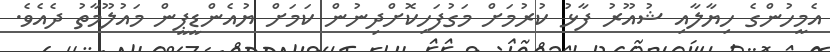
އެމީހުންގެ ހިޔާލާއި ޝުއޫރު ފާޅު ކުރުމަށް މަގުފަހިކޮށްދިނުން ކަމަށް ޔުއެންޑީޕީން މައުލޫމާތު ދެއެވެ.